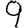
Digit: 9